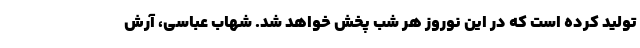
تولید کرده است که در این نوروز هر شب پخش خواهد شد. شهاب عباسی، آرش